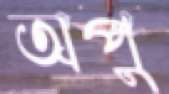
অপু